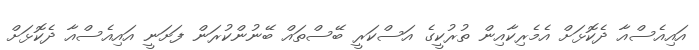
އައިއެސްއާ ދެކޮޅަށް އެމެރިކާއިން ތުރުކީގެ އަސްކަރީ ބޭސްތައް ބޭނުންކުރަން ފަށަނީ އައިއެސްއާ ދެކޮޅަށް